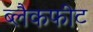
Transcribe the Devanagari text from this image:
ब्लैकफीट